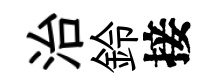
治鈴接